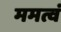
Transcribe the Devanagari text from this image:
ममत्वं